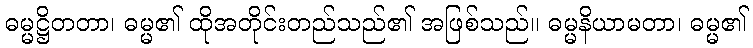
ဓမ္မဋ္ဌိတတာ၊ ဓမ္မ၏ ထိုအတိုင်းတည်သည်၏ အဖြစ်သည်။ ဓမ္မနိယာမတာ၊ ဓမ္မ၏